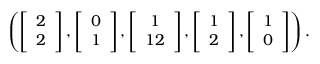
\begin{array} { r } { \left( \left[ \begin{array} { c } { 2 } \\ { 2 } \end{array} \right] , \left[ \begin{array} { c } { 0 } \\ { 1 } \end{array} \right] , \left[ \begin{array} { c } { 1 } \\ { 1 2 } \end{array} \right] , \left[ \begin{array} { c } { 1 } \\ { 2 } \end{array} \right] , \left[ \begin{array} { c } { 1 } \\ { 0 } \end{array} \right] \right) . } \end{array}